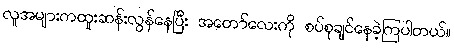
လူအများကထူးဆန်းလွန်နေပြီး အတော်လေးကို စပ်စုချင်နေခဲ့ကြပါတယ်။